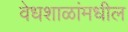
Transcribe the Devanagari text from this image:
वेधशाळांमधील